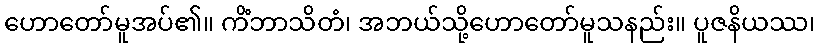
ဟောတော်မူအပ်၏။ ကိံဘာသိတံ၊ အဘယ်သို့ဟောတော်မူသနည်း။ ပူဇနိယဿ၊